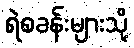
ရဲစခန်းများသို့